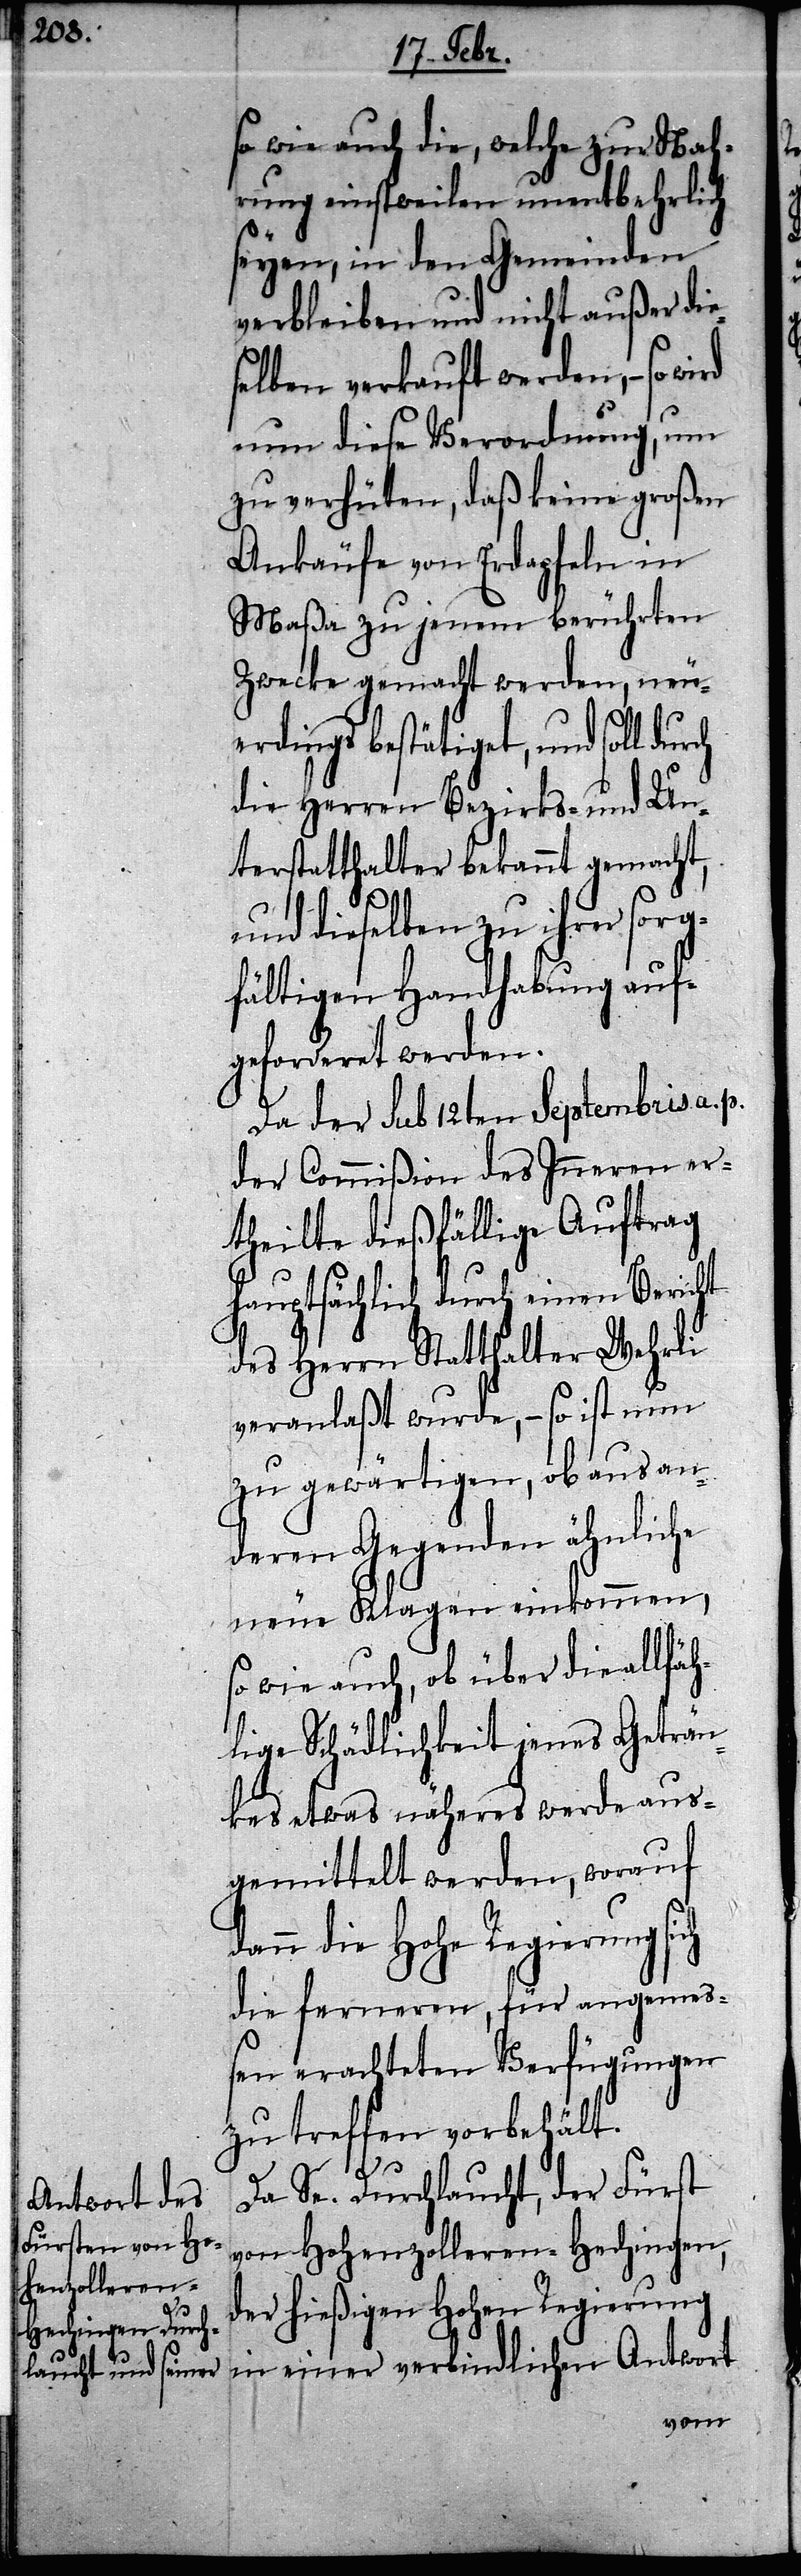
so wie auch die, welche zur Nah¬
rung einstweilen unentbehrlich
seyen, in den Gemeinden
verbleiben und nicht außer die
selben verkauft werden, – so wird
nun diese Verordnung, um
zu verhüten, daß keine großen
Ankäufe von Erdapfeln in
Maßa zu jenem berührten
Zwecke gemacht werden, neu¬
erdings bestätiget, und soll
die Herren Bezirks- und Un¬
terstatthalter bekannt gemacht,
und dieselben zu ihrer sorg¬
fältigen Handhabung auf¬
geforderet werden.
Da der Sub 12ten Septembris a. p.
der Commißion des Inneren er¬
theilte dießfällige Auftrag
hauptsächlich durch einen Bericht
des Herrn Statthalter Wehrli
veranlaßt wurde, – so ist nun
zu gewärtigen, ob aus an¬
deren Gegenden ähnliche
neue Klagen einkommen,
so wie auch, ob über die allfäh¬
lige Schädlichkeit jenes Geträn¬
kes etwas näheres werde aus¬
gemittelt werden, worauf
dann die Hohe Regierung
die ferneren, für angemeß¬
en erachteten Verfügungen
zu treffen vorbehält.
Da Se. Durchlaucht, der Fürst
von Hohenzolleren-Hechingen,
der hießigen Hohen Regierung
in einer verbindlichen Antwort